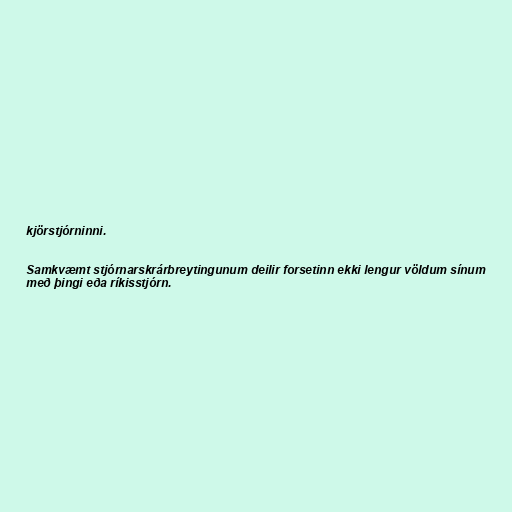
kjörstjórninni.

Samkvæmt stjórnarskrárbreytingunum deilir forsetinn ekki lengur völdum sínum
með þingi eða ríkisstjórn.